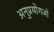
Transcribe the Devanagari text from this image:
अनुप्रयोगजो